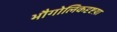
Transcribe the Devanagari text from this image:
भौगोलिकदृष्टय़ा